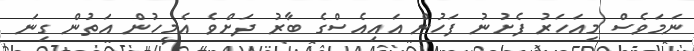
ނަމަވެސް މިއަހަރު ފެށުނު ފަހުން އައިއެސްގެ ބާރު ދަށްވެ އެމީހުން އަތުން ގިނަ